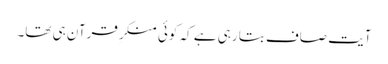
آیت صاف بتا رہی ہے کہ کوئی منکرِ قرآن ہی تھا۔